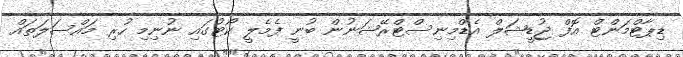
ޑިޕާޓްމަންޓް އޮފް ޖުޑީޝަލް އެޑްމިނިސްޓްރޭޝަނުން ބުނީ ފެމެލީ ކޯޓުގައި ނުނިމި ހުރި މައްސަލަތައް